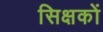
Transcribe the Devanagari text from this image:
सिक्षकों